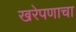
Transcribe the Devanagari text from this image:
खरेपणाचा